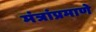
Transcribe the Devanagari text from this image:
मंत्रांप्रमाणे